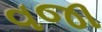
વજા